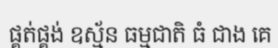
ផ្គត់ផ្គង់ ឧស្ម័ន ធម្មជាតិ ធំ ជាង គេ